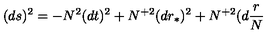
( d s ) ^ { 2 } = - N ^ { 2 } ( d t ) ^ { 2 } + N ^ { + 2 } ( d r _ { \ast } ) ^ { 2 } + N ^ { + 2 } ( d \frac { r } { N }